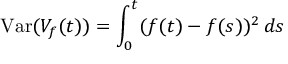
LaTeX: \operatorname { V a r } ( V _ { f } ( t ) ) = \int _ { 0 } ^ { t } ( f ( t ) - f ( s ) ) ^ { 2 } \, d s